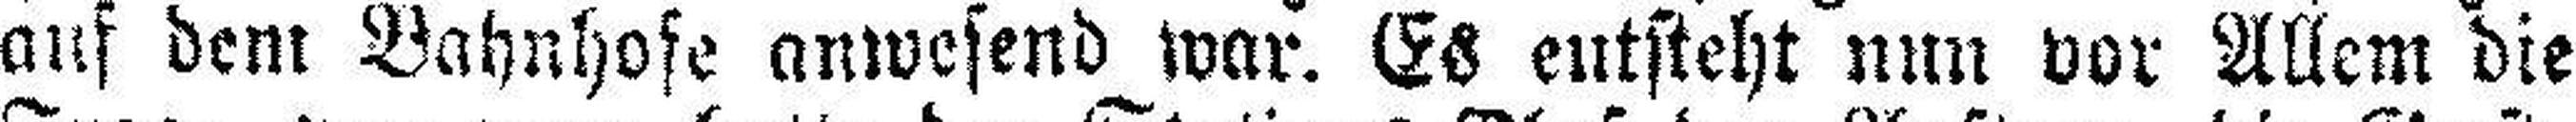
auf dem Bahnhofe anwesend war. Es entsteht nun vor Allem die